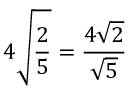
4 { \sqrt { \frac { 2 } { 5 } } } = { \frac { 4 { \sqrt { 2 } } } { \sqrt { 5 } } }